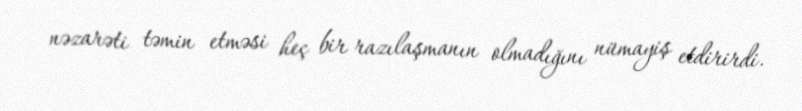
nəzarəti təmin etməsi heç bir razılaşmanın olmadığını nümayiş etdirirdi.